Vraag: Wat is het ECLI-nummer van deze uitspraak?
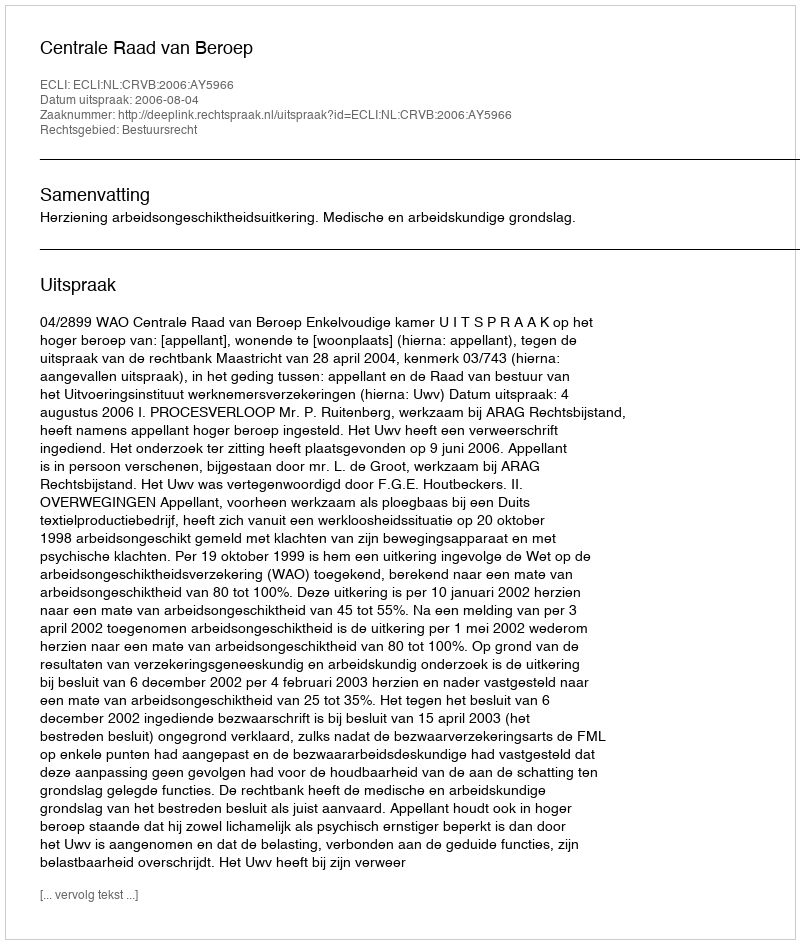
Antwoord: ECLI:NL:CRVB:2006:AY5966